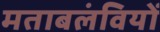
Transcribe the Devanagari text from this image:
मताबलंवियों